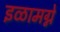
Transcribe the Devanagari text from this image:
इळामग्ने